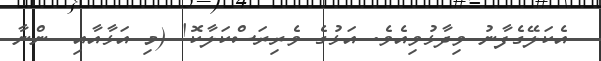
އެކަލޭގެފާނު ވިދާޅުވިއެވެ. އަޅުގެ ވެރިރަސްކަލާކޮ! (މި އަޅާއާއި  ންނާ